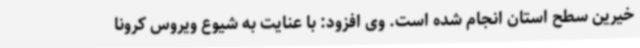
خیرین سطح استان انجام شده است. وی افزود: با عنایت به شیوع ویروس کرونا